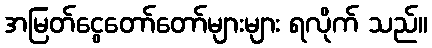
အမြတ်ငွေတော်တော်များများ ရလိုက် သည်။